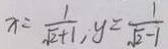
x = \frac { 1 } { \sqrt { 2 } + 1 } , y = \frac { 1 } { \sqrt { 2 } - 1 }